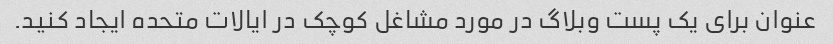
عنوان برای یک پست وبلاگ در مورد مشاغل کوچک در ایالات متحده ایجاد کنید.